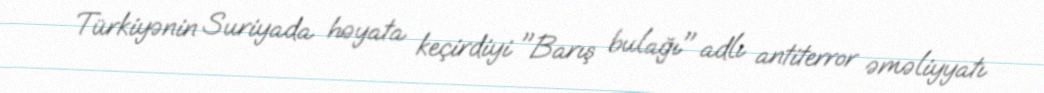
Türkiyənin Suriyada həyata keçirdiyi "Barış bulağı" adlı antiterror əməliyyatı